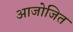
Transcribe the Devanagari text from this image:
आजोजित